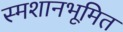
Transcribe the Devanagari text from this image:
स्मशानभूमित